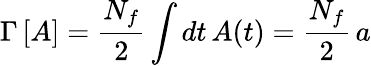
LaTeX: \Gamma\, [A]=\frac{N_{f}}{2}\int dt\, A(t)=\frac{N_{f}}{2}\, a